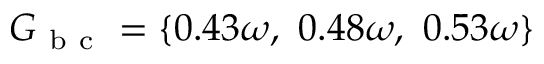
G _ { \mathrm { ~ b ~ c ~ } } = \{ 0 . 4 3 \omega , ~ 0 . 4 8 \omega , ~ 0 . 5 3 \omega \}